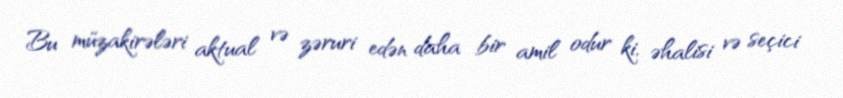
Bu müzakirələri aktual və zəruri edən daha bir amil odur ki, əhalisi və seçici